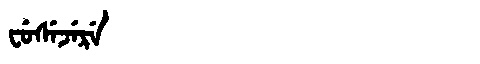
Manchu: ᠸᡠᠰᡝᠵᡝᡵᡝ
Romanization: FUSEJERE